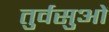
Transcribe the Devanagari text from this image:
तुर्वसुओं